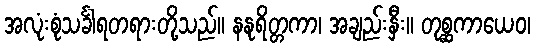
အလုံးစုံသင်္ခါရတရားတို့သည်။ နနုရိတ္တကာ၊ အချည်းနှီး။ တုစ္ဆကာယေဝ၊